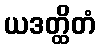
ယဒတ္ထိတံ